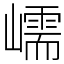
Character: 嶿